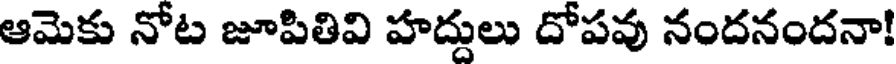
ఆమెకు నోట జూపితివి హద్దులు దోపవు నందనందనా!